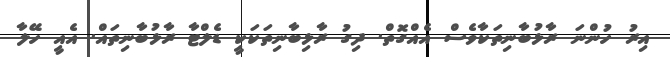
އިރު ހުންނަ ރާޅުބާނިތަކާވެސް އެއްގޮތް. ދިގު ރާޅިބާނިތަކަކީ ޑެލްޓާ ރާޅުބާނިތައް. އެއީ ހޭލާ